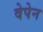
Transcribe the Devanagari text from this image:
वेपेन